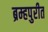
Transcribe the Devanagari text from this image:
ब्रम्हपुरीत